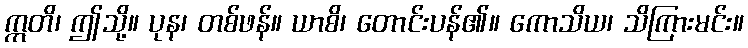
ဣတိ၊ ဤသို့။ ပုန၊ တစ်ဖန်။ ယာစိ၊ တောင်းပန်၏။ ကောသိယ၊ သိကြားမင်း။